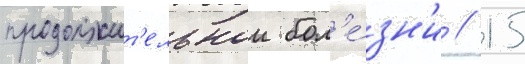
продолжит'ельнои бол'е́зн'и // 15